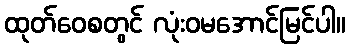
ထုတ်ဝေစတွင် လုံးဝမအောင်မြင်ပါ။